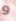
و